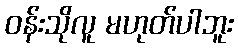
ဝန်းသိုလူ မဟုတ်ပါဘူး